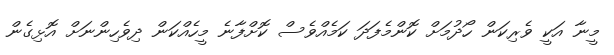
މީނާ އަކީ ވެރިކަން ހޯދުމަށް ކޮންމެފަދަ ކަމެއްވެސް ކޮށްފާނެ މީހެއްކަން ދިވެހިންނަށް އޮޅިގެން